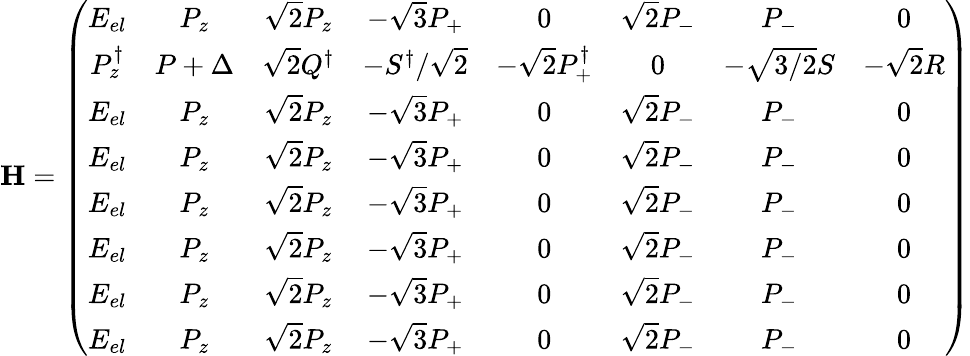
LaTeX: \mathbf{H}=\left({\begin{array}{cccccccc}{E_{el}}&{P_{z}}&{{\sqrt{2}}P_{z}}&{-{\sqrt{3}}P_{+}}&{0}&{{\sqrt{2}}P_{-}}&{P_{-}}&{0}\\ {P_{z}^{\dagger}}&{P+\Delta}&{{\sqrt{2}}Q^{\dagger}}&{-S^{\dagger}/{\sqrt{2}}}&{-{\sqrt{2}}P_{+}^{\dagger}}&{0}&{-{\sqrt{3/2}}S}&{-{\sqrt{2}}R}\\ {E_{el}}&{P_{z}}&{{\sqrt{2}}P_{z}}&{-{\sqrt{3}}P_{+}}&{0}&{{\sqrt{2}}P_{-}}&{P_{-}}&{0}\\ {E_{el}}&{P_{z}}&{{\sqrt{2}}P_{z}}&{-{\sqrt{3}}P_{+}}&{0}&{{\sqrt{2}}P_{-}}&{P_{-}}&{0}\\ {E_{el}}&{P_{z}}&{{\sqrt{2}}P_{z}}&{-{\sqrt{3}}P_{+}}&{0}&{{\sqrt{2}}P_{-}}&{P_{-}}&{0}\\ {E_{el}}&{P_{z}}&{{\sqrt{2}}P_{z}}&{-{\sqrt{3}}P_{+}}&{0}&{{\sqrt{2}}P_{-}}&{P_{-}}&{0}\\ {E_{el}}&{P_{z}}&{{\sqrt{2}}P_{z}}&{-{\sqrt{3}}P_{+}}&{0}&{{\sqrt{2}}P_{-}}&{P_{-}}&{0}\\ {E_{el}}&{P_{z}}&{{\sqrt{2}}P_{z}}&{-{\sqrt{3}}P_{+}}&{0}&{{\sqrt{2}}P_{-}}&{P_{-}}&{0}\end{array}}\right)